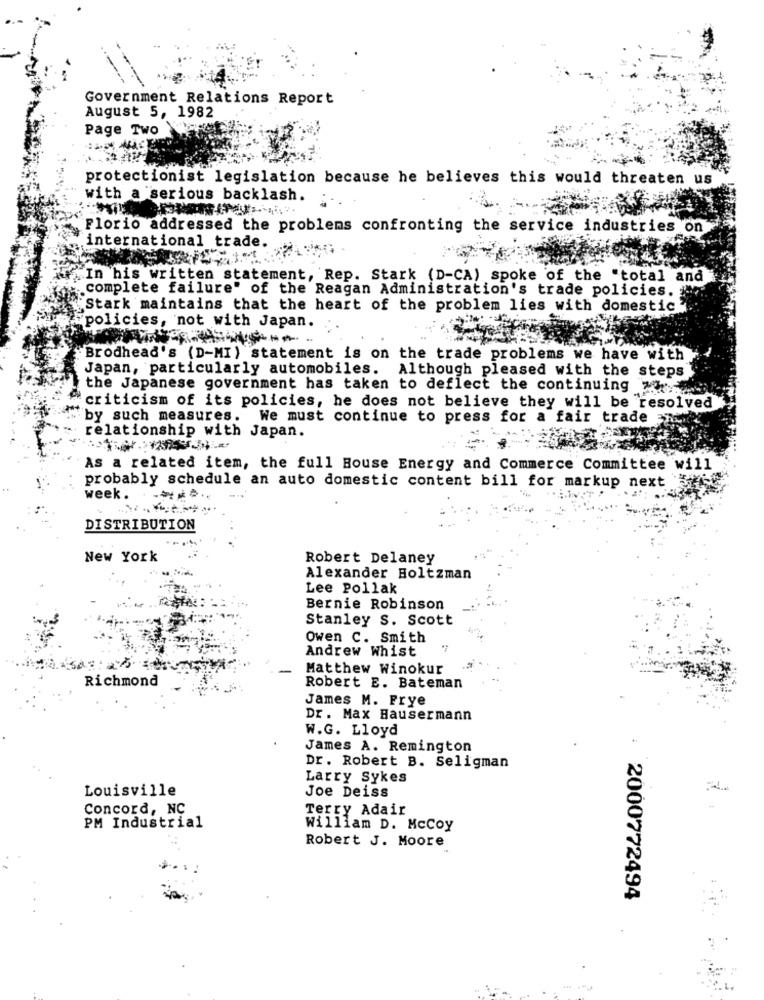
Government Relations Report
August 5, 1982
Page Two
protectionist legislation because he believes this would threaten us
with a serious backlash.
Florio addressed the problems confronting the service industries on
international trade.
In his written statement, Rep. Stark (D-CA) spoke of the "total and
complete failure" of the Reagan Administration's trade policies.
Stark maintains that the heart of the problem lies with domestic
policies, not with Japan.
"Brodhead's (D-MI) statement is on the trade problems we have with
Japan, particularly automobiles. Although pleased with the steps
the Japanese government has taken to deflect the continuing wy
criticism of its policies, he does not believe they will be resolved
by such measures. We must continue to press for a fair trade in
relationship with Japan.
As a related item, the full House Energy and Commerce Committee will
probably schedule an auto domestic content bill for markup next
week .
DISTRIBUTION
New York
Robert Delaney
Alexander Boltzman
Lee Pollak
Bernie Robinson
Stanley S. Scott
Owen C. Smith
Andrew Whist
Matthew Winokur
Richmond
Robert E. Bateman
James M. Frye
Dr. Max Hausermann
W.G. Lloyd
James A. Remington
Dr. Robert B. Seligman
Larry Sykes
Louisville
Joe Deiss
Concord, NC
Terry Adair
PM Industrial
William D. McCoy
Robert J. Moore
2000772494